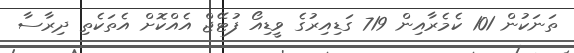
ތަނަކުން 101 ކެމެރާއިން 719 ގަޑިއިރުގެ ވީޑިއޯ ފުޓޭޖް އެއްކޮށް އެތަކެތި ދިރާސާ